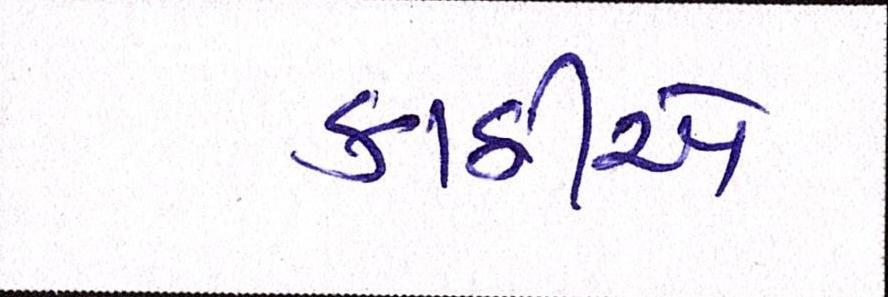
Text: કાઠીએ